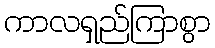
ကာလရှည်ကြာစွာ